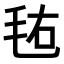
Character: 𣭊